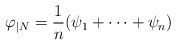
\begin{align*}\varphi_{|N} = \frac{1}{n} (\psi_1 + \cdots + \psi_n) \end{align*}